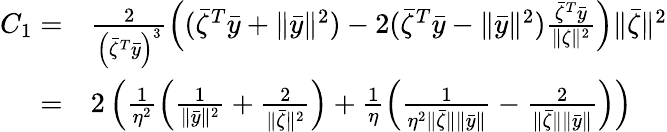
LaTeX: \begin{array}{rl}{C_{1}=}&{\frac{2}{\left(\bar{\zeta}^{T}\bar{y}\right)^{3}}\left((\bar{\zeta}^{T}\bar{y}+\| \bar{y}\| ^{2})-2(\bar{\zeta}^{T}\bar{y}-\| \bar{y}\| ^{2})\frac{\bar{\zeta}^{T}\bar{y}}{\| \zeta\| ^{2}}\right)\| \bar{\zeta}\| ^{2}}\\ {=}&{2\left(\frac{1}{\eta^{2}}\left(\frac{1}{\| \bar{y}\| ^{2}}+\frac{2}{\| \bar{\zeta}\| ^{2}}\right)+\frac{1}{\eta}\left(\frac{1}{\eta^{2}\| \bar{\zeta}\| \| \bar{y}\| }-\frac{2}{\| \bar{\zeta}\| \| \bar{y}\| }\right)\right)}\end{array}